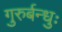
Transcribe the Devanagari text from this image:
गुरुर्बन्धुः